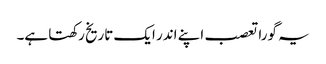
یہ گورا تعصب اپنے اندر ایک تاریخ رکھتا ہے۔